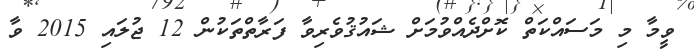
ވީމާ މި މަސައްކަތް ކޮށްދެއްވުމަށް ޝައުޤުވެރިވާ ފަރާތްތަކުން 12 ޖުލައި 2015 ވާ